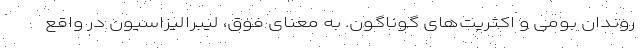
روندان بومی و اکثریت‌های گوناگون. به معنای فوق، لیبرالیزاسیون در واقع